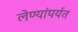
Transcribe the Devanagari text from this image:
लेण्यांपर्यत